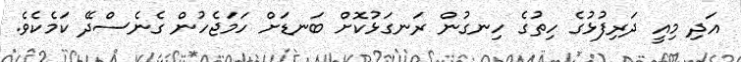
އަދި މިއީ ދަރިފުޅުގެ ހިތުގެ ހިނގުން ރަނގަޅުކޮށް ބަނޑަށް ހަމަޖެހުން ގެނެސްދޭ ކަމެކެވެ.